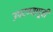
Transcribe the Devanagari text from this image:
उपटण्यापूर्वी